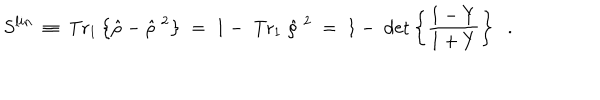
LaTeX: S ^ { l i n } \; \equiv \; \mathrm { T r } _ { 1 } \left\{ \hat { \rho } - \hat { \rho } ^ { \; 2 } \right\} \; = \; 1 - \; \mathrm { T r } _ { 1 } \; \hat { \rho } ^ { \; 2 } \; = \; 1 - \; \det \left\{ \frac { 1 - Y } { 1 + Y } \right\} \; \; .